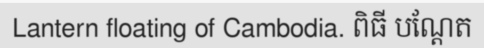
Lantern floating of Cambodia. ពិធី បណ្តែត